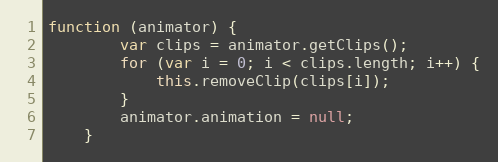
Language: JavaScript
function (animator) {
        var clips = animator.getClips();
        for (var i = 0; i < clips.length; i++) {
            this.removeClip(clips[i]);
        }
        animator.animation = null;
    }